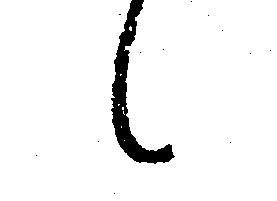
候